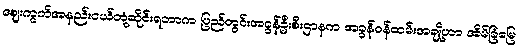
ဈေးကွက်အနည်းငယ်တုံ့ဆိုင်းရတာက ပြည်တွင်းအခွန်ဦးစီးဌာနက အခွန်ဝန်ထမ်းအချို့ဟာ အိမ်ခြံမြေ